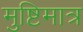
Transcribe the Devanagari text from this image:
मुष्टिमात्र